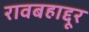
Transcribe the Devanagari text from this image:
रावबहाद्दूर